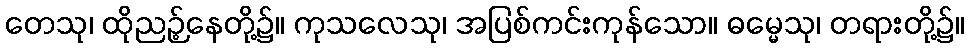
တေသု၊ ထိုညဉ့်နေတို့၌။ ကုသလေသု၊ အပြစ်ကင်းကုန်သော။ ဓမ္မေသု၊ တရားတို့၌။